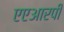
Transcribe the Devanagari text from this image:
एएआरपी